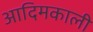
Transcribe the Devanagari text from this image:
आदिमकाली